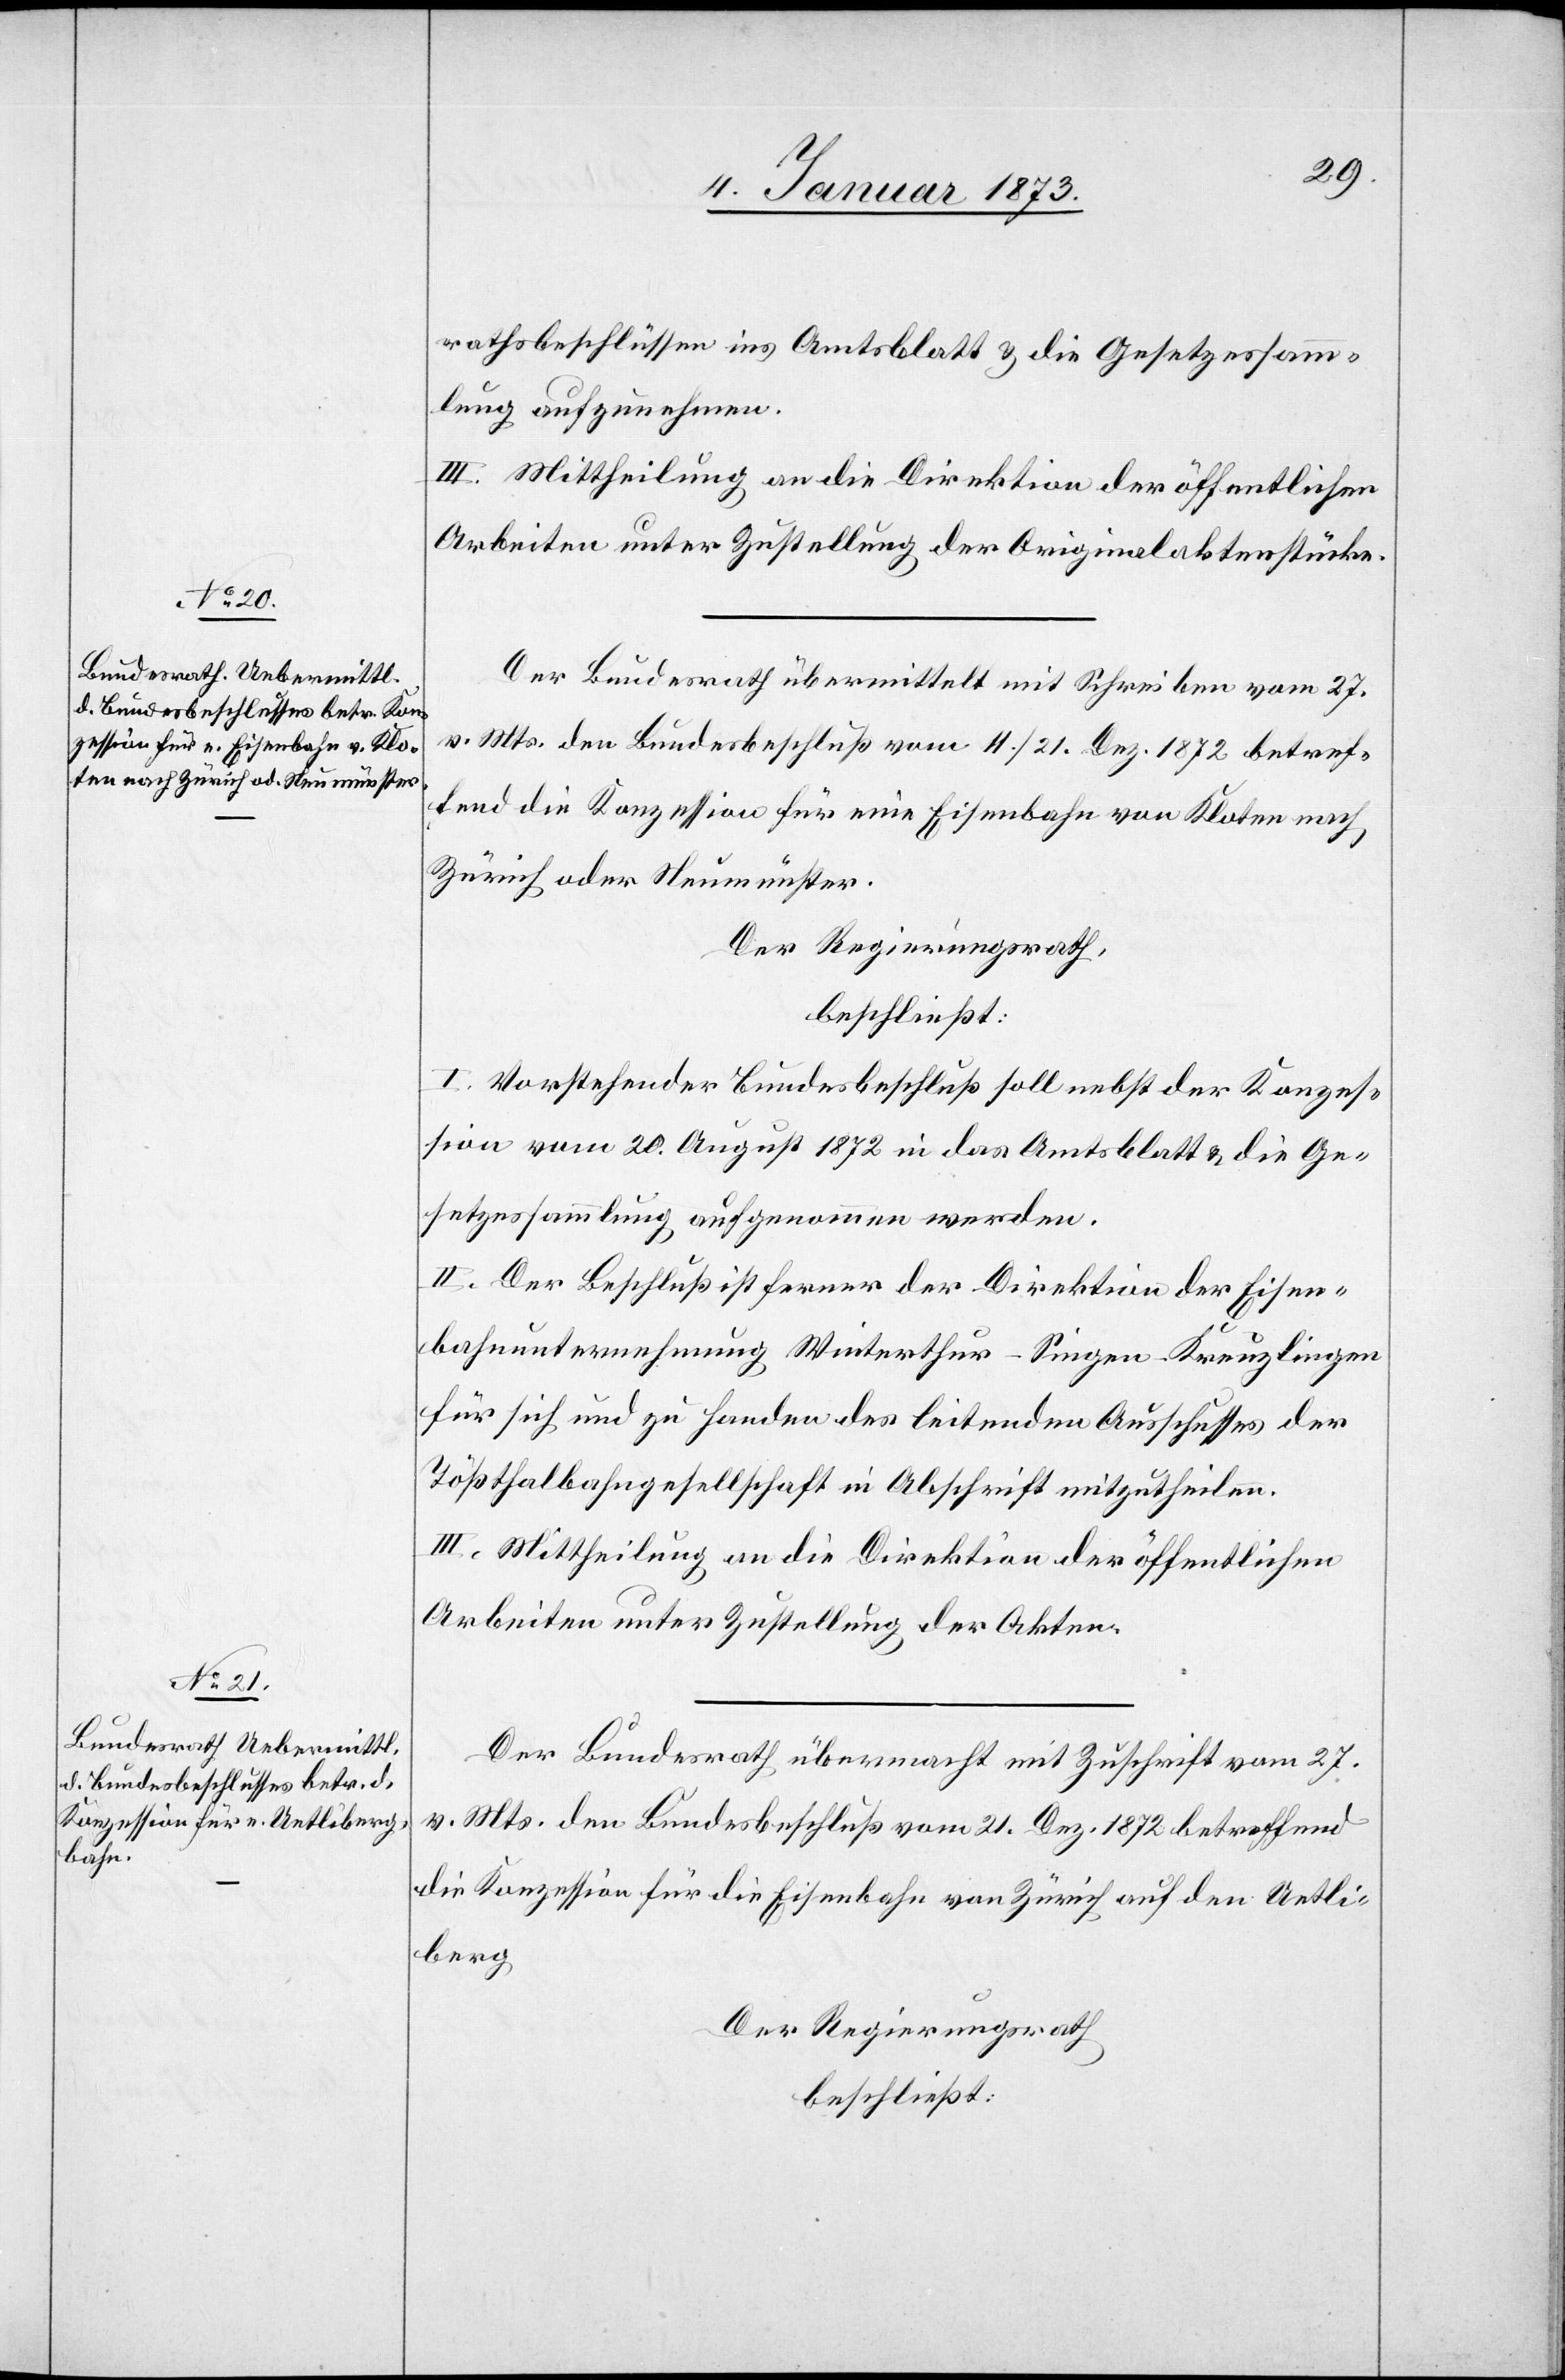
rathsbeschlüssen ins Amtsblatt & die Gesetzessamm¬
lung aufzunehmen.
III. Mittheilung an die Direktion der öffentlichen
Arbeiten unter Zustellung der Originalaktenstücke.
Der Bundesrath übermittelt mit Schreiben vom 27.
v. Mts. den Bundesbeschluß vom 11./21. Dez. 1872 betref¬
fend die Konzession für eine Eisenbahn von Kloten nach
Zürich oder Neumünster.
Der Regierungsrath,
beschließt:
I. Vorstehender Bundesbeschluß soll nebst der Konzes¬
sion vom 20. August 1872 in das Amtsblatt & die Ge¬
setzessammlung aufgenommen werden.
II. Der Beschluß ist ferner der Direktion der Eisen¬
bahnunternehmung Winterthur – Singen – Kreuzlingen
für sich und zu Handen des leitenden Ausschusses der
Tößthalbahngesellschaft in Abschrift mitzutheilen.
III. Mittheilung an die Direktion der öffentlichen
Arbeiten unter Zustellung der Akten.
Der Bundesrath übermacht mit Zuschrift vom 27.
v. Mts. den Bundesbeschluß vom 21. Dez. 1872 betreffend
die Konzession für die Eisenbahn von Zürich auf den Uetli¬
berg[.]
Der Regierungsrath
beschließt: